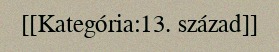
[[Kategória:13. század]]